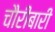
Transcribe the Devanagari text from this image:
चौरीबारी